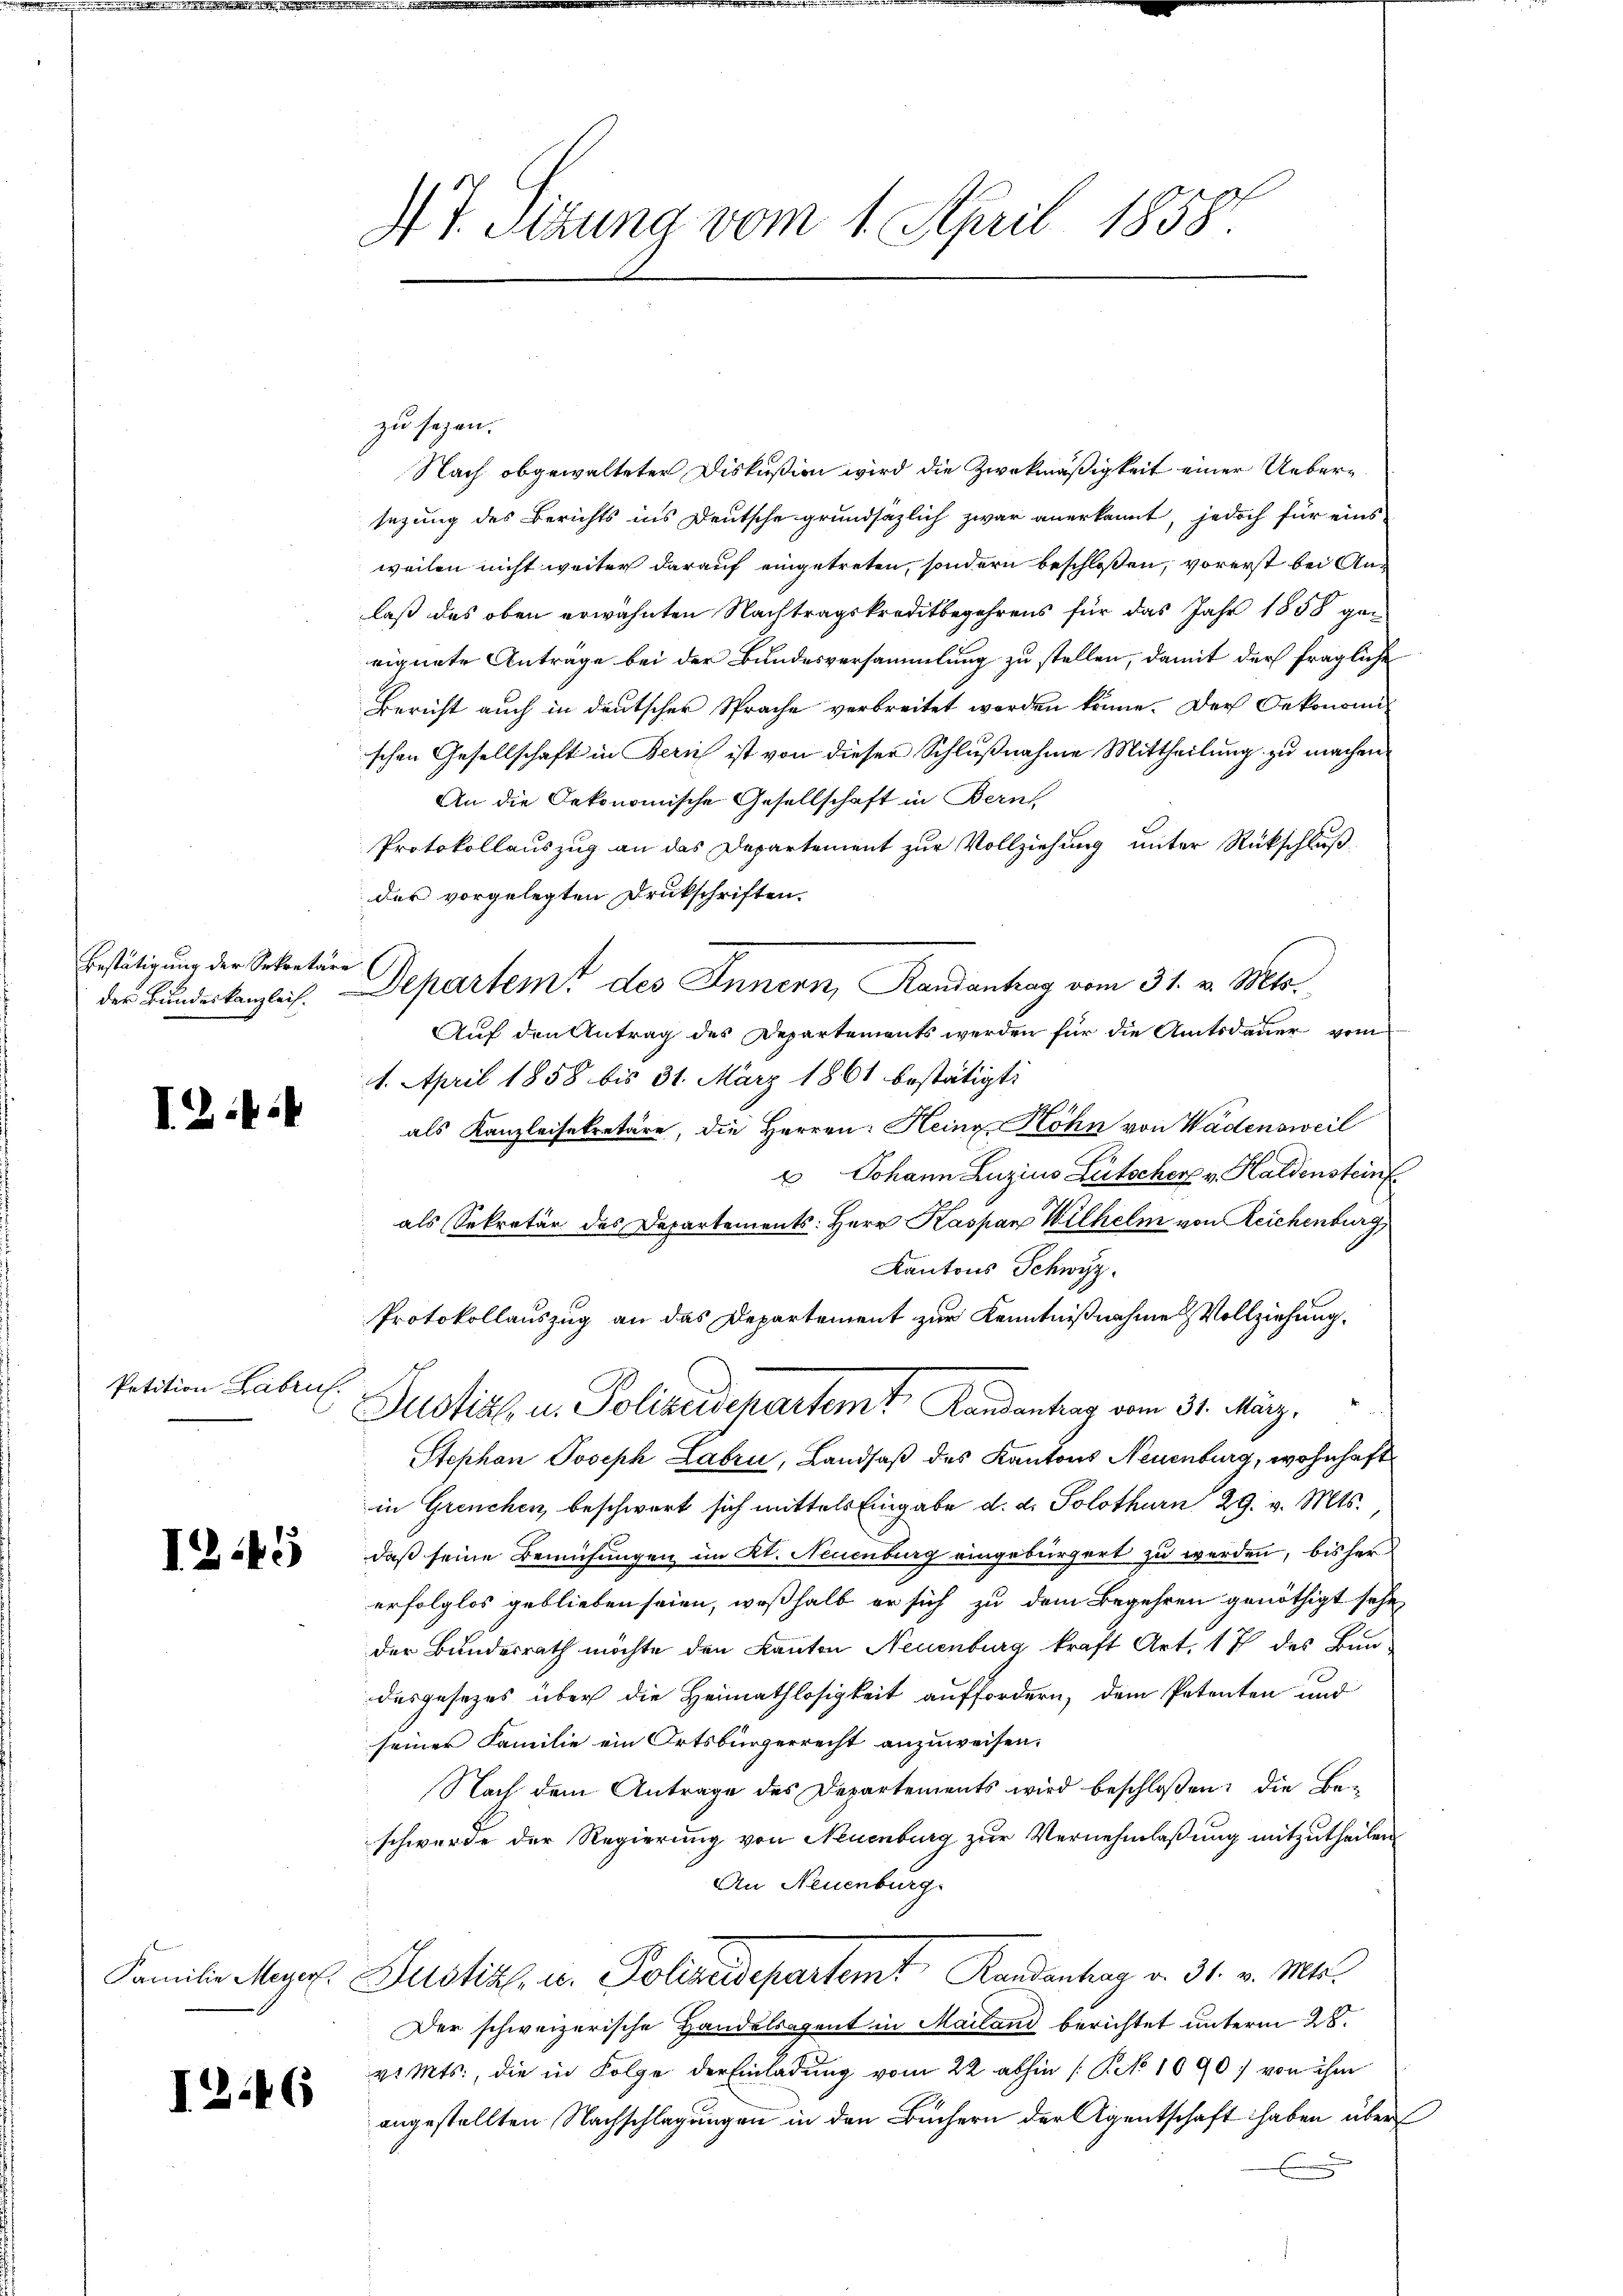
Bestätigung der Sekretäre
der Bundeskanzleit.

I: i

Petition Labruf.

I245

I246

St. Sigung vom 1. April 1858.

zu sezen.
Nach obgewalteter Diskußion wird die Zwekmäßigkeit einer Uebersezung des Berichts ins Deutsche grundsätzlich zwar anerkannt, jedoch für eins
weilen nicht weiter darauf eingetreten, sondern beschloßen, vorerst bei Anlaß das oben erwähnten Nachtragskreditbegehrens für das Jahr 1858 geeignete Anträge bei der Bundesversammlung zu stellen, damit der fragliche
Bericht auch in deutscher Sprache verbreitet werden könne. Der Oekonomischen Gesellschaft in Bern ist von dieser Schlußnahme Mittheilung zu machen
An die Oekonomische Gesellschaft in Bern.
Protokollauszug an das Departement zur Vollziehung unter Rückschluß
der vorgelegten Drukschriften.
Departemt des Innern, Randantrag vom 31. v. Mts.
Auf den Antrag des Departements werden für die Amtsdauer vom
14. April 1858 bis 31. März 1861 bestätigt:
als Kanzleisekretäre, die Herren: Heine Höhn von Wädensweil
u Johann Luzius Gutscher v. Haldensteinf
als Sekretär des Departements: Herr Kaspar Wilhelm von Reichenburg
Kantons Schwyz.
Protokollauszug an das Departement zur Kenntnißnahmen Vollziehung.
Justiz u. Polizeischartemt, Rundentrag vom 31. März.
Stephan Joseph Labri, Landsaß des Kantons Neuenburg, wohnhaft
in Grenchen, beschwert sich mittels Eingabe d. d. Solothurn 29. v. Mts.
daß seine Bemühungen im Kt. Neuenburg eingebürgert zu werden, bisher
erfolglos geblieben seien, weßhalb er sich zu dem Begehren genöthigt sehe,
der Bundesrath möchte den Kanton Neuenburg kraft Art. 17 des Bun-
desgesezes über die Heimathlosigkeit auffordern, dem Petenten und
seiner Familie ein Ortsbürgerrecht anzuweisen.
Nach dem Antrage des Departements wird beschloßen: die Beschwerde der Regierung von Neuenburg zur Vernehmlaßung mitzutheilen
An Neuenburg.
Familie Meger. Justiz, u. Polizeidepartemt Randenhag v. 31. v. Mts.
Der schweizerische Handelsagent in Mailand berichtet unterm 28.
v. Mts., die in Folge der Einladung vom 22 abhin (Rek 1090 von ihm
angestellten Nachschlagungen in den Büchern der Agentschaft haben über
x